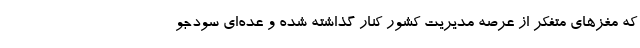
که مغزهای متفکر از عرصه مدیریت کشور کنار گذاشته‌ شده و عده‌ای سودجو